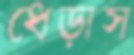
ধেড়াস